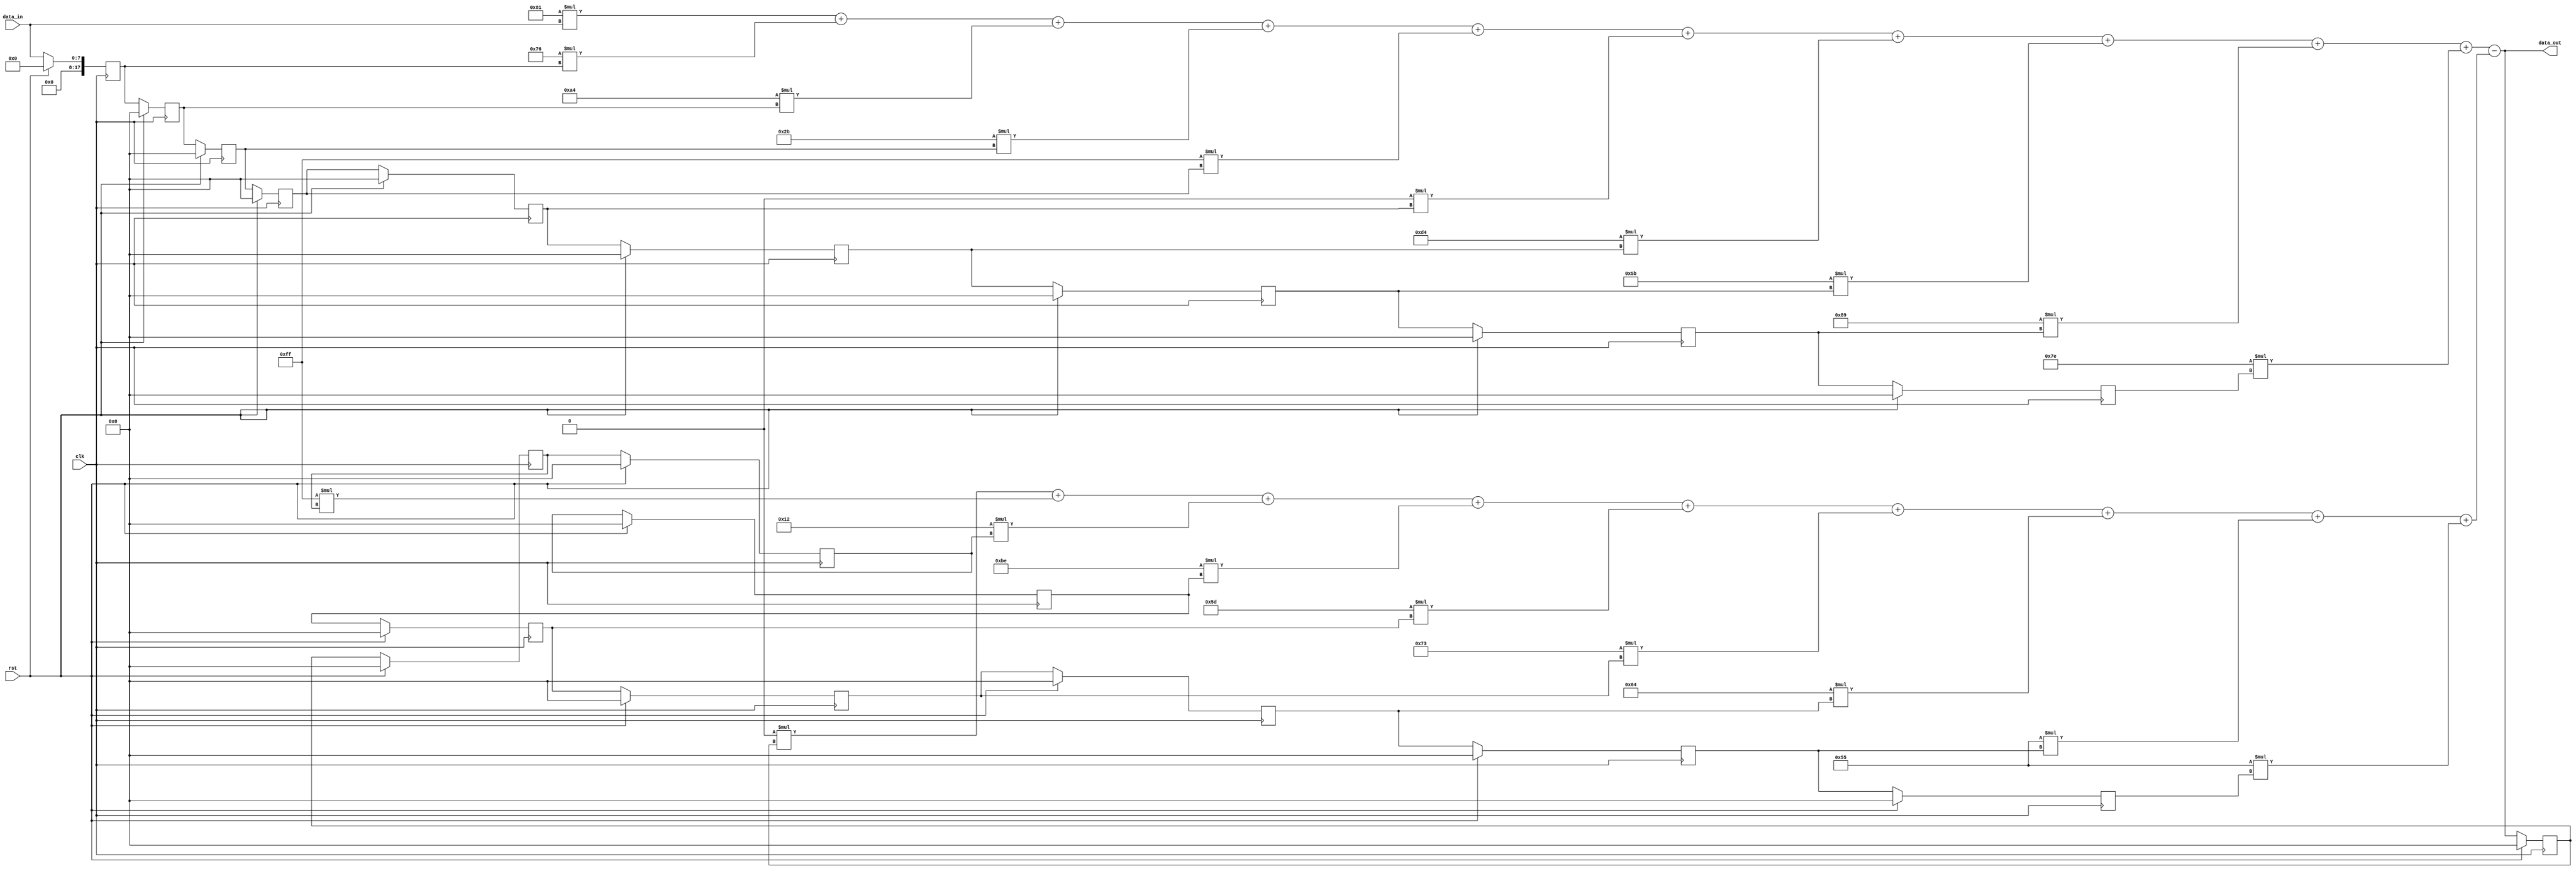

module Chevychev_highpass (
    data_in, data_out, clk, rst
);

  output[17:0] data_out;
    input[7:0] data_in;
    input clk, rst;

    parameter b0 = 8'b10000001;
    parameter b1 = 8'b01110110;
    parameter b2 = 8'b10100100;
    parameter b3 = 8'b00101011;
    parameter b4 = 8'b11111111;
    parameter b5 = 8'b00000000;
    parameter b6 = 8'b11010100;
    parameter b7 = 8'b01011011;
    parameter b8 = 8'b10001001;
    parameter b9 = 8'b01111110;

    parameter a1 = 8'b00000000;
    parameter a2 = 8'b11111111;
    parameter a3 = 8'b00010010;
    parameter a4 = 8'b10111110;
    parameter a5 = 8'b01011101;
    parameter a6 = 8'b01110011;
    parameter a7 = 8'b01100100;
    parameter a8 = 8'b01010101;
    parameter a9 = 8'b01010101;


    wire[17:0] data_feedforward;
    wire[17:0] data_feedback;

    reg[17:0] ff_data[1:9];
    reg[17:0] fb_data[1:9];

    assign data_feedforward = b0*data_in+b1*ff_data[1]+b2*ff_data[2]+b3*ff_data[3]+b4*ff_data[4]+b5*ff_data[5]+b6*ff_data[6]+b7*ff_data[7]+b8*ff_data[8]+b9*ff_data[9];
    assign data_feedback = a1*fb_data[1]+a2*fb_data[2]+a3*fb_data[3]+a4*fb_data[4]+a5*fb_data[5]+a6*fb_data[6]+a7*fb_data[7]+a8*fb_data[8]+a9*fb_data[9];

    assign data_out = (data_feedforward - data_feedback);

    integer k;
    always @ (posedge clk)
        if (rst==1)
        begin
            for (k=1;k<=9;k=k+1)
            begin
                ff_data[k]<=0;
                fb_data[k]<=0;
            end
        end

        else
        begin
            ff_data[1]<=data_in;
            fb_data[1]<=data_out;
            for (k=2;k<=9;k=k+1)
            begin
                ff_data[k]<=ff_data[k-1];
                fb_data[k]<=fb_data[k-1];
            end
        end

endmodule